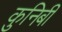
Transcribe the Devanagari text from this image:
कुनिबी